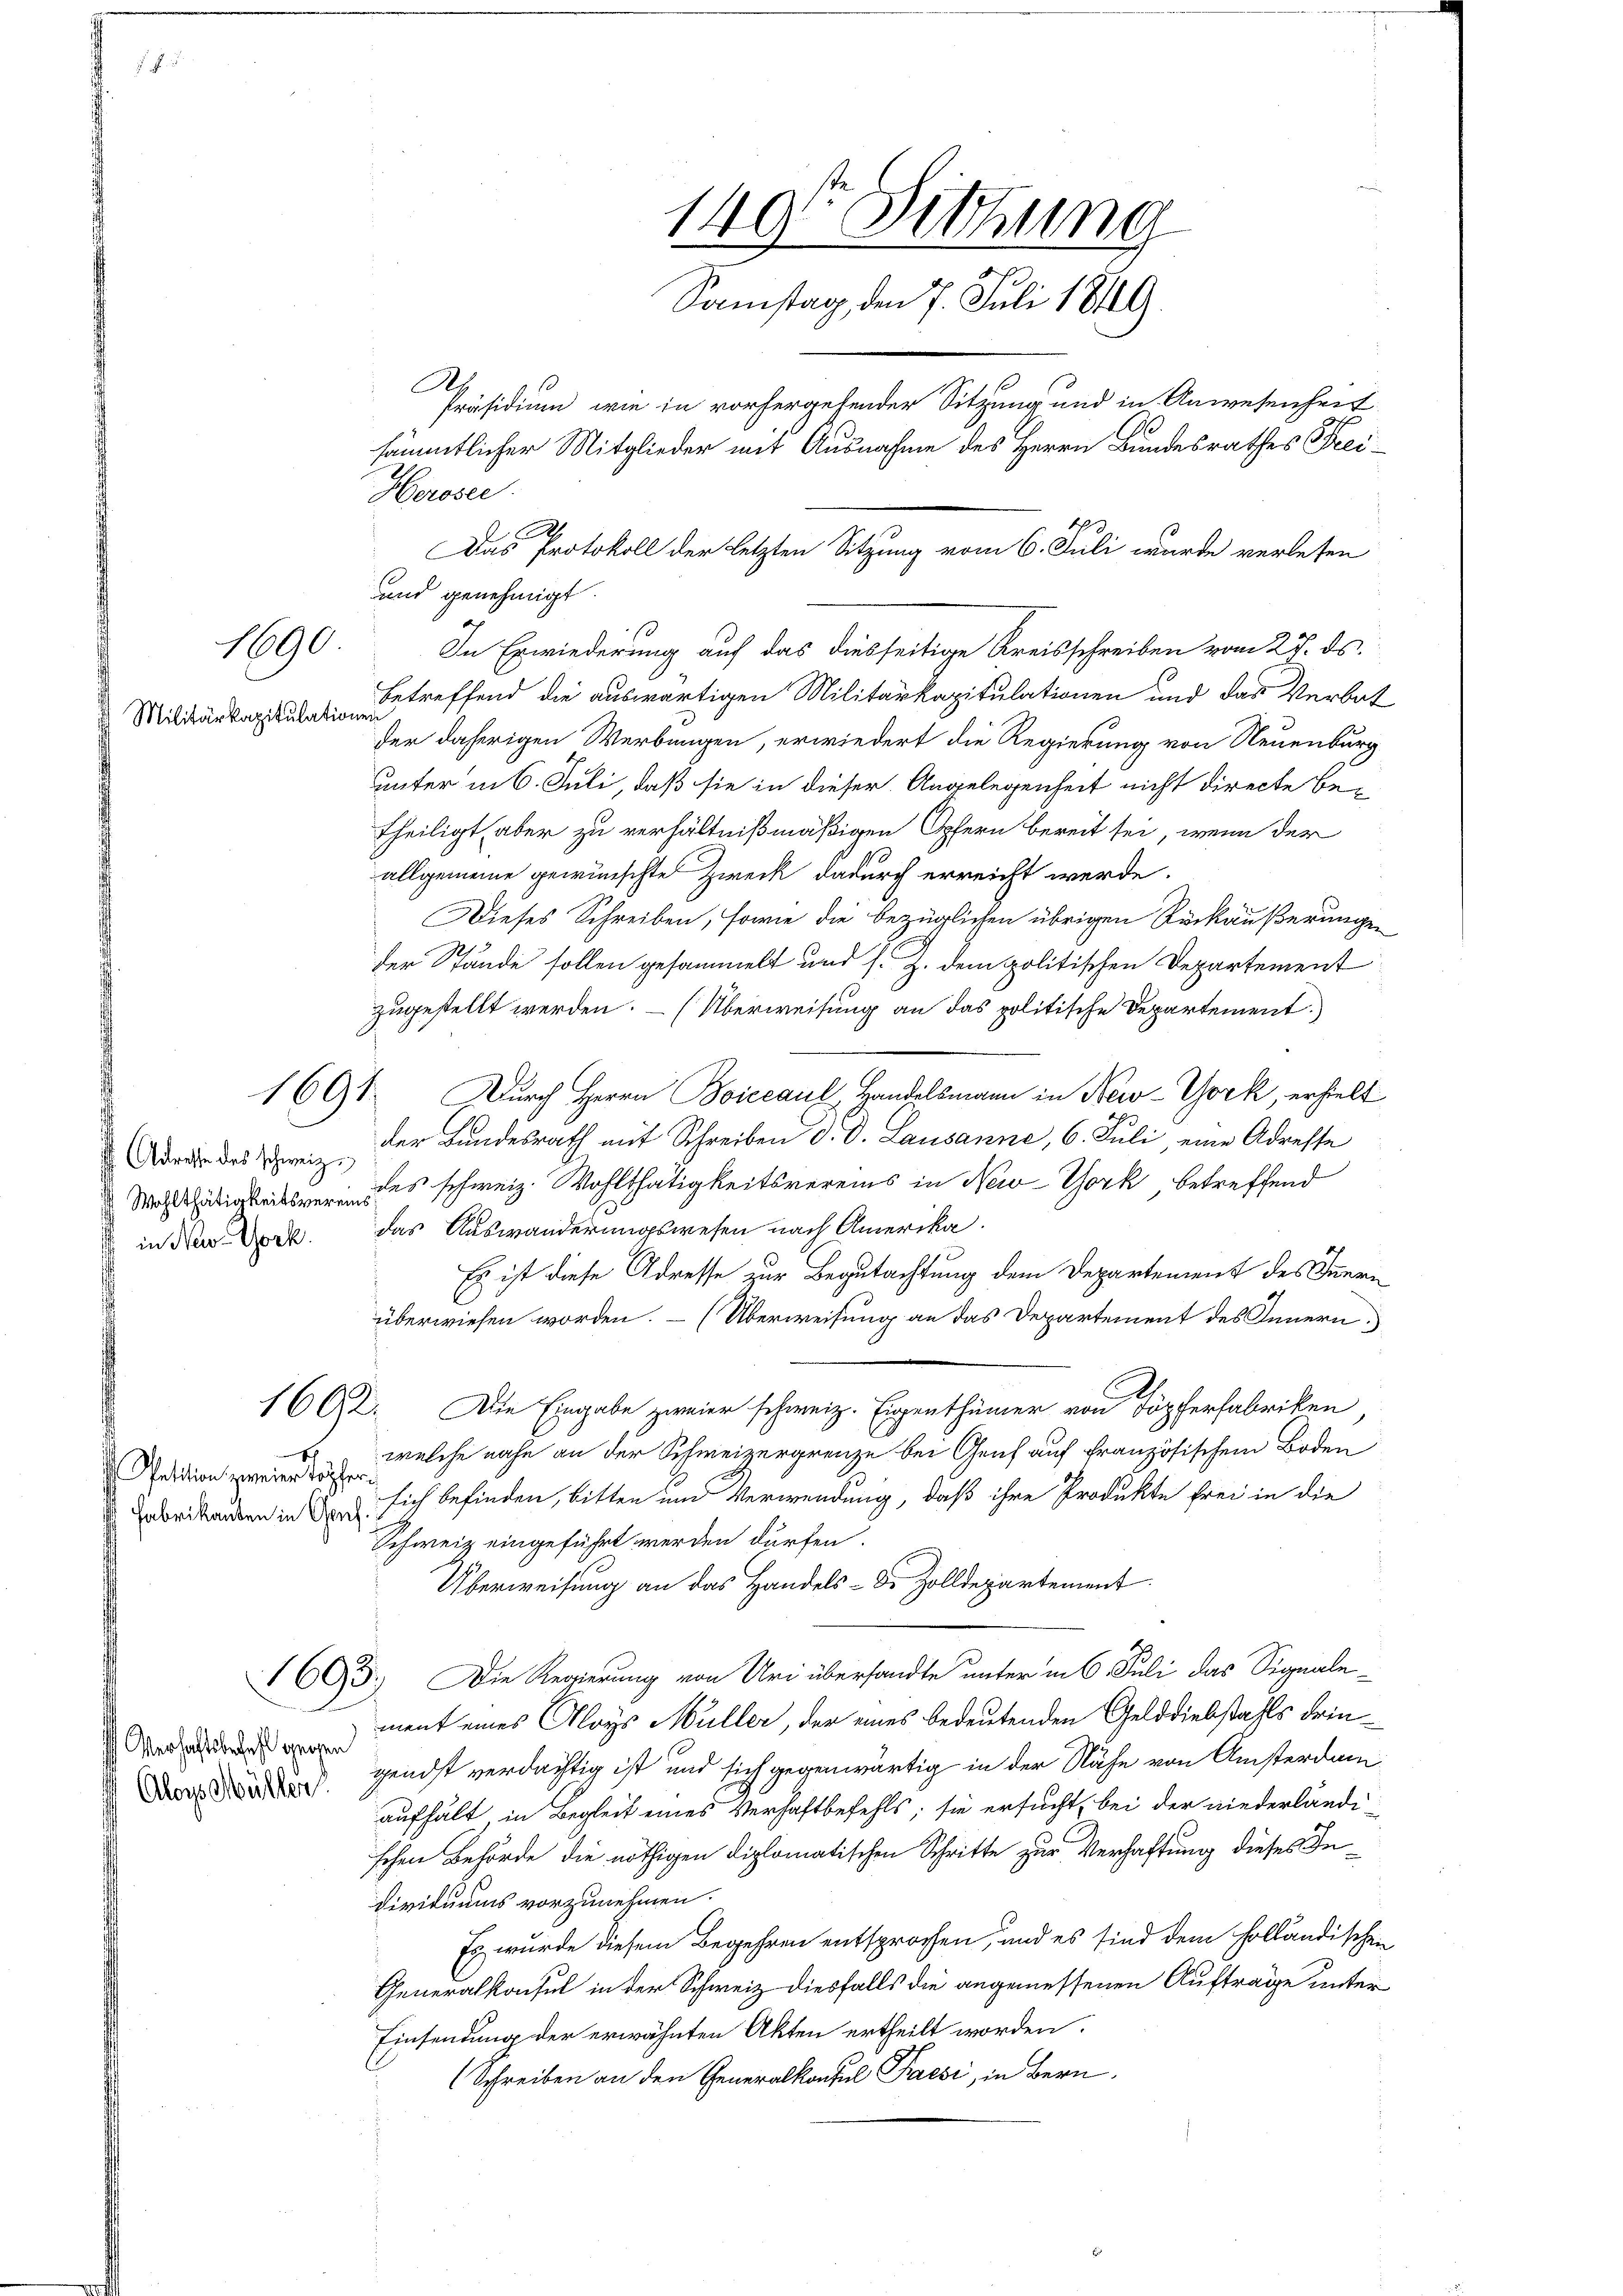
1690

Militärkapitulationen

1691

Adresse des schweiz.
in New-York.

I
Petition zweier Töpfer

Verhaftsbefehl gegen
Aloys Müllen.

betreffend die auswärtigen Militärkapitulationen und das Verbat
der daherigen Werbungen, erwiedert die Regierung von Neuenburg
unter in 6. Juli, daß sie in dieser Angelegenheit nicht directe betheiligt, aber zu verhältnißmäßigen Opfern bereit sei, wenn der
allgemeine gewünschte Zweck dadurch erreicht werde.
Dieses Schreiben, sowie die bezüglichen übrigen Rückäußerungen
der Stände sollen gesammelt und s. Z. dem politischen Departement
zugestellt werden. – (Überweisung an das politische Departement.)
Durch Herrn Boiccaul, Handelsmann in New-York, erhielt
der Bundesrath mit Schreiben d. d. Lausanne, 6. Juli, eine Adresse
igire es schweiz. Wohlthätigkeitsvereins in New-York, betreffend
das Auswanderungswesen nach Amerika.
Es ist diese Adresse zur Begutachtung dem Departement des Innern
überwiesen worden. – (Überweisung an das Departement des Innern,
160. Die Eingabe zweier schweiz. Eigenthümer von Töpferfabriken,
welche nahe an der Schweizergrenze bei Genf auf französischem Boden
abritanten in Er sich befinden, bitten und Verwendung, daß ihre Produkte frei in die
Schweiz eingeführt werden dürfen.
Überweisung an das Handels- de Zolldepartement
605.) Die Regierung von Uri übersandte unter in 6. Juli das Signale
ment eines Aloys Müller, der eines bedeutenden Gelddiebstahls dringendst verdächtig ist und sich gegenwärtig in der Nähe von Ansterdam
aufhält in Begleit eines Verhaftbefehls; sie ersucht, bei der niederländi-
schen Behörde die nöthigen diplomatischen Schritte zur Verhaftung dieses In¬
Dividuums vorzunehmen.
Es wurde diesem Begehren entsprochen, und es sind dem holländischen
Generalkonsul in der Schweiz diesfalls die angemessenen Auftrage unter
Einsendung der erwähnten Akten ertheilt worden.
Schreiben an den Generalkonsul Paesi, in Bern

Das Protokoll der letzten Sitzung vom 6. Juli wurde verlesen
und genehmigt.
In Erwiederung auf das diesseitige Kreisschreiben vom 27. ds.

Horoser
2

Ah.

149. Sitzung
Samstag, den 7. Juli 1849
Präsidium, wie in vorhergehender Sitzung und in Anwesenheit
de
sämmtlicher Mitglieder mit Ausnahme des Herrn Bundesrathes Frei¬
.